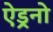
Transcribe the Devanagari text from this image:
ऐड्रनो